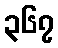
၃၆၇